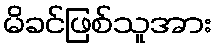
မိခင်ဖြစ်သူအား